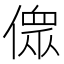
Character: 𠍸